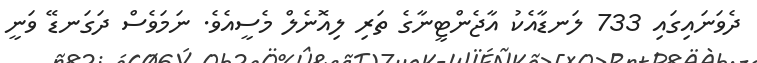
ދެވަނައިގައި 733 ލަނޑާއެކު އާޖެންޓީނާގެ ތަރި ލިއޮނެލް މެސީއެވެ. ނަމަވެސް ދަގަނޑޭ ވަނީ